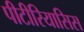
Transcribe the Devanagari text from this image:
पीटीरियासिस